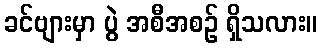
ခင်ဗျားမှာ ပွဲ အစီအစဉ် ရှိသလား။